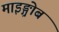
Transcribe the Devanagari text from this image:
माइङ्ग्रोब